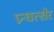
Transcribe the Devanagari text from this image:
प्रन्घत्खेर